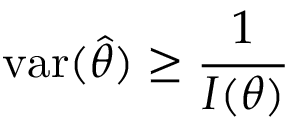
\operatorname { v a r } ( { \hat { \theta } } ) \geq { \frac { 1 } { I ( \theta ) } }